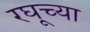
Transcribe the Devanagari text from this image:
रघूच्या